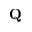
\mathbf { Q }